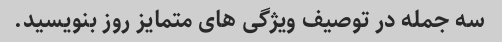
سه جمله در توصیف ویژگی های متمایز روز بنویسید.